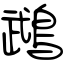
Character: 鵡